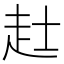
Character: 𧺑